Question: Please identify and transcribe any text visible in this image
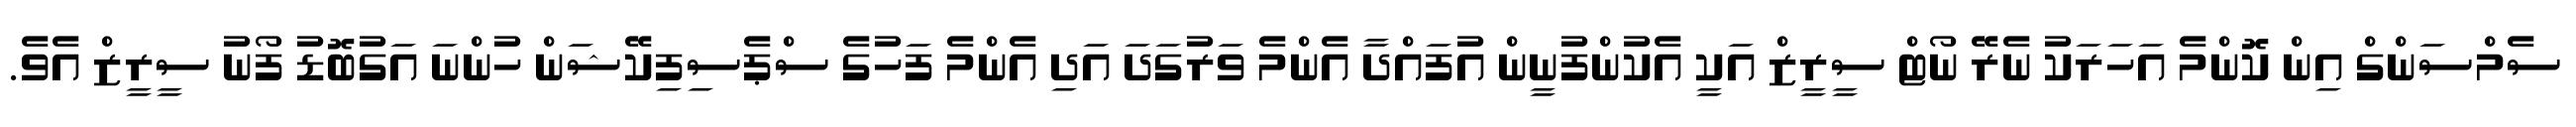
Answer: ސެމްސަންގް އިން ކޮންމެ އަހަރަކު ނެރޭ ނޯޓް ސީރީޒް އަކީ އެކުންފުނީން އުފައްދާ އެންމެ ވަރުގަދަ އަދި އެންމެ ފަހުގެ ސްޕެސިފިކޭޝަން ހުންނަ އަގުބޮޑު ފޯނު ސީރީޒް އެވެ.